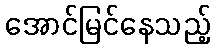
အောင်မြင်နေသည့်